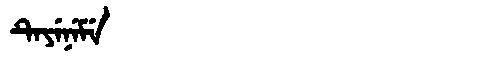
Manchu: ᡨᡝᠶᡝᠨᡝᠮᡝ
Romanization: TEYENEME